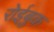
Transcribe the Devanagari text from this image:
रोईबुक